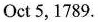
Oct 5,1789.